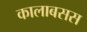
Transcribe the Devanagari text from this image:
कालाबसस